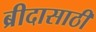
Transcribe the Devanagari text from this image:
ब्रीदासाठी